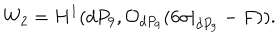
W _ { 2 } = H ^ { 1 } ( d P _ { 9 } , { \cal O } _ { d P _ { 9 } } ( 6 \sigma | _ { d P _ { 9 } } - F ) ) .